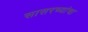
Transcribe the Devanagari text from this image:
सासरच्यांचा